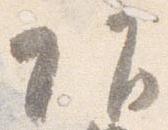
頭